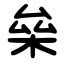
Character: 㕖